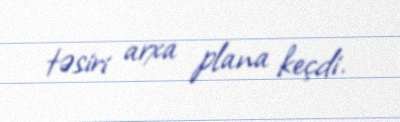
təsiri arxa plana keçdi.